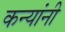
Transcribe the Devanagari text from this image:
कन्यांनी